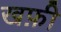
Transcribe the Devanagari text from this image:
खफ़ी